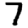
Digit: 7